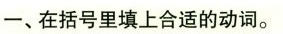
一、在括号里填上合适的动词。